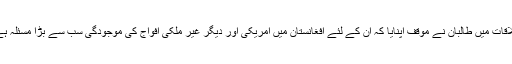
ملاقات میں طالبان نے موقف اپنایا کہ ان کے لئے افغانستان میں امریکی اور دیگر غیر ملکی افواج کی موجودگی سب سے بڑا مسئلہ ہے۔